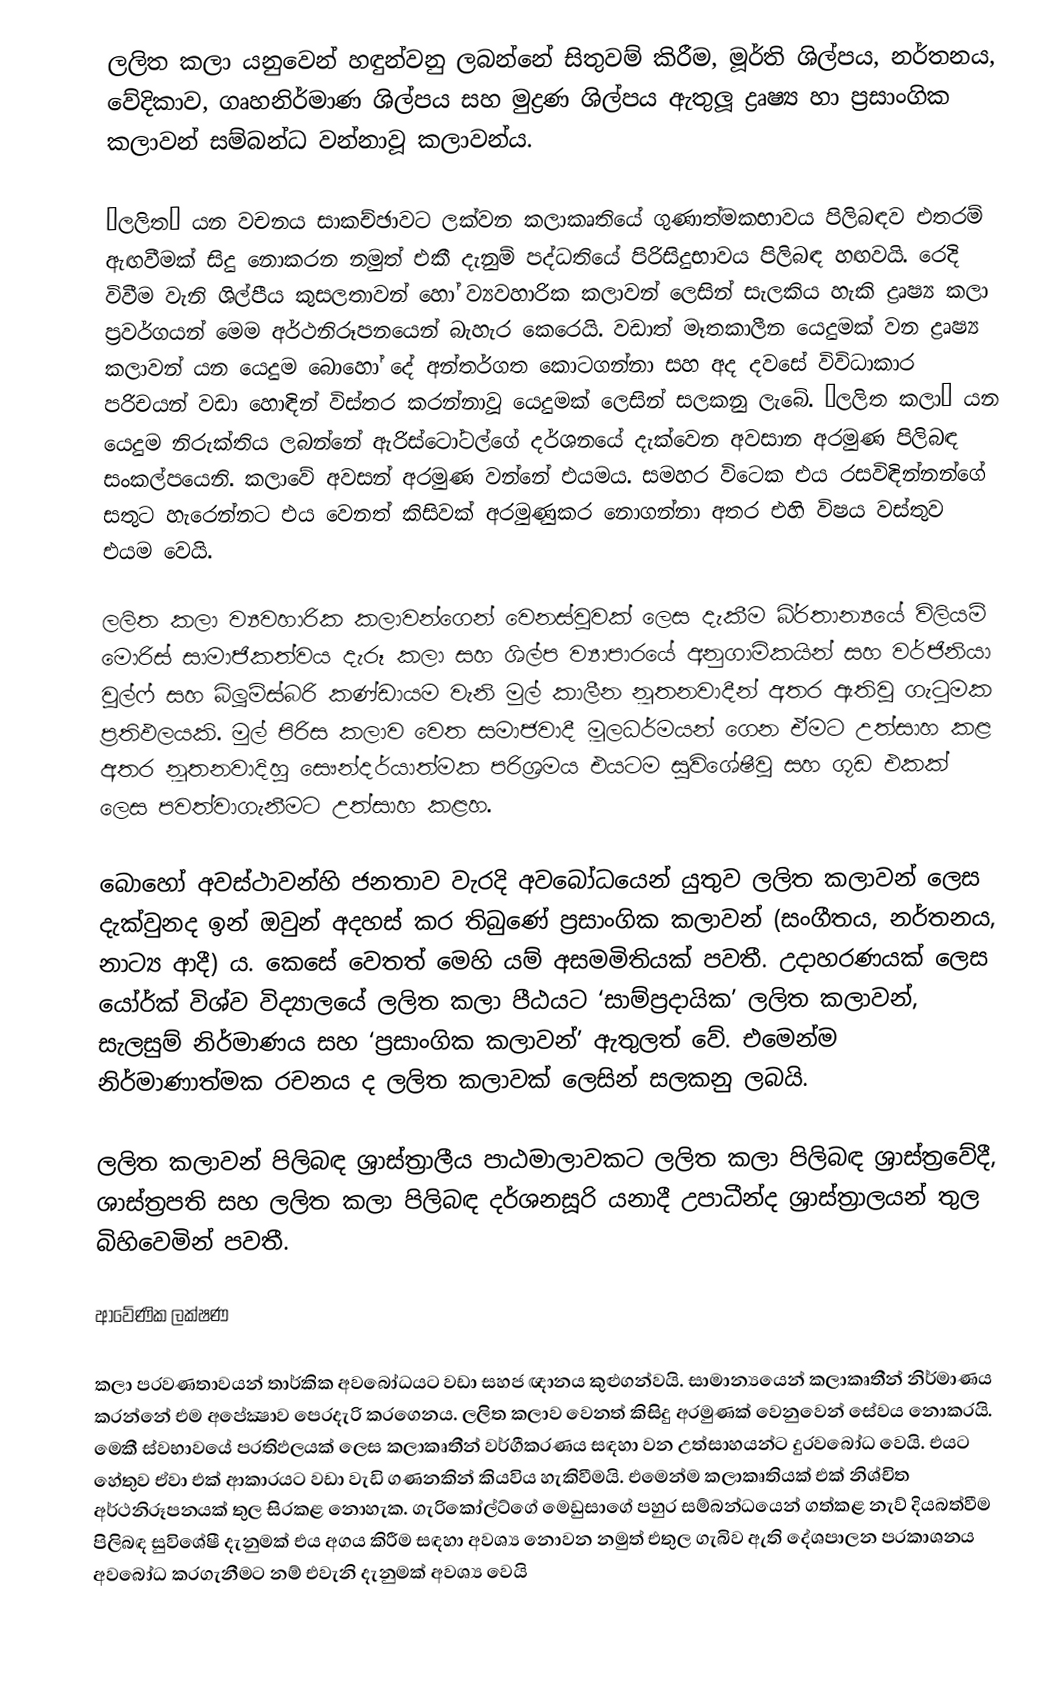
ලලිත කලා යනුවෙන් හඳුන්වනු ලබන්නේ සිතුවම් කිරීම, මූර්ති ශිල්පය, නර්තනය, වේදිකාව, ගෘහනිර්මාණ ශිල්පය සහ මුද්‍රණ ශිල්පය ඇතුලූ ද්‍රෘෂ්‍ය හා ප‍්‍රසාංගික කලාවන් සම්බන්ධ වන්නාවූ කලාවන්ය.

‘ලලිත’ යන වචනය සාකච්ඡාවට ලක්වන කලාකෘතියේ ගුණාත්මකභාවය පිලිබඳව එතරම් ඇඟවීමක් සිදු නොකරන නමුත් එකී දැනුම් පද්ධතියේ පිරිසිදුභාවය පිලිබඳ හඟවයි. රෙදි විවීම වැනි ශිල්පීය කුසලතාවන් හෝ ව්‍යවහාරික කලාවන් ලෙසින් සැලකිය හැකි ද්‍රෘෂ්‍ය කලා ප‍්‍රවර්ගයන් මෙම අර්ථනිරූපනයෙන් බැහැර කෙරෙයි. වඩාත් මෑතකාලීන යෙදුමක් වන ද්‍රෘෂ්‍ය කලාවන් යන යෙදුම බොහෝ දේ අන්තර්ගත කොටගන්නා සහ අද දවසේ විවිධාකාර පරිචයන් වඩා හොඳින් විස්තර කරන්නාවූ යෙදුමක් ලෙසින් සලකනු ලැබේ. ‘ලලිත කලා’ යන යෙදුම නිරුක්තිය ලබන්නේ ඇරිස්ටෝටල්ගේ දර්ශනයේ දැක්වෙන අවසාන අරමුණ පිලිබඳ සංකල්පයෙනි. කලාවේ අවසන් අරමුණ වන්නේ එයමය. සමහර විටෙක එය රසවිඳින්නන්ගේ සතුට හැරෙන්නට එය වෙනත් කිසිවක් අරමුණුකර නොගන්නා අතර එහි විෂය වස්තුව එයම වෙයි.

ලලිත කලා ව්‍යවහාරික කලාවන්ගෙන් වෙනස්වූවක් ලෙස දැකීම බි‍්‍රතාන්‍යයේ විලියම් මොරිස් සාමාජිකත්වය දැරූ කලා සහ ශිල්ප ව්‍යාපාරයේ අනුගාමිකයින් සහ වර්ජිනියා වුල්ෆ් සහ බ්ලූම්ස්බරි කණ්ඩායම වැනි මුල් කාලීන නූතනවාදීන් අතර ඇතිවූ ගැටුමක ප‍්‍රතිඵලයකි. මුල් පිරිස කලාව වෙත සමාජවාදී මූලධර්මයන් ගෙන ඒමට උත්සාහ කළ අතර නූතනවාදිහු සෞන්දර්යාත්මක පරිශ‍්‍රමය එයටම සුවිශේෂීවූ සහ ගූඩ එකක් ලෙස පවත්වාගැනීමට උත්සාහ කළහ.

බොහෝ අවස්ථාවන්හි ජනතාව වැරදි අවබෝධයෙන් යුතුව ලලිත කලාවන් ලෙස දැක්වුනද ඉන් ඔවුන් අදහස් කර තිබුණේ ප‍්‍රසාංගික කලාවන් (සංගීතය, නර්තනය, නාට්‍ය ආදී) ය. කෙසේ වෙතත් මෙහි යම් අසමමිතියක් පවතී. උදාහරණයක් ලෙස යෝර්ක් විශ්ව විද්‍යාලයේ ලලිත කලා පීඨයට ‘සාම්ප‍්‍රදායික’ ලලිත කලාවන්, සැලසුම් නිර්මාණය සහ ‘ප‍්‍රසාංගික කලාවන්’ ඇතුලත් වේ. එමෙන්ම නිර්මාණාත්මක රචනය ද ලලිත කලාවක් ලෙසින් සලකනු ලබයි.

ලලිත කලාවන් පිලිබඳ ශ‍්‍රාස්ත‍්‍රාලීය පාඨමාලාවකට ලලිත කලා පිලිබඳ ශ‍්‍රාස්ත‍්‍රවේදී, ශාස්ත‍්‍රපති සහ ලලිත කලා පිලිබඳ දර්ශනසූරි යනාදී උපාධීන්ද ශ‍්‍රාස්ත‍්‍රාලයන් තුල බිහිවෙමින් පවතී.

ආවේණික ලක්ෂණ

කලා ප‍්‍රවණතාවයන් තාර්කික අවබෝධයට වඩා සහජ ඥානය කුළුගන්වයි. සාමාන්‍යයෙන් කලාකෘතීන් නිර්මාණය කරන්නේ එම අපේක්‍ෂාව පෙරදැරි කරගෙනය. ලලිත කලාව වෙනත් කිසිදු අරමුණක් වෙනුවෙන් සේවය නොකරයි. මෙකී ස්වභාවයේ ප‍්‍රතිඵලයක් ලෙස කලාකෘතීන් වර්ගීකරණය සඳහා වන උත්සාහයන්ට දුරවබෝධ වෙයි. එයට හේතුව ඒවා එක් ආකාරයට වඩා වැඩි ගණනකින් කියවිය හැකිවීමයි. එමෙන්ම කලාකෘතියක් එක් නිශ්චිත අර්ථනිරූපනයක් තුල සිරකළ නොහැක. ගැරිකෝල්ට්ගේ මෙඩුසාගේ පහුර සම්බන්ධයෙන් ගත්කළ නැව් දියබත්වීම පිලිබඳ සුවිශේෂී දැනුමක් එය අගය කිරීම සඳහා අවශ්‍ය නොවන නමුත් එතුල ගැබිව ඇති දේශපාලන ප‍්‍රකාශනය අවබෝධ කරගැනීමට නම් එවැනි දැනුමක් අවශ්‍ය වෙයි